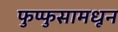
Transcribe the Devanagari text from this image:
फुप्फुसामधून